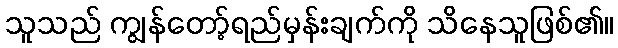
သူသည် ကျွန်တော့်ရည်မှန်းချက်ကို သိနေသူဖြစ်၏။